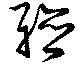
聽